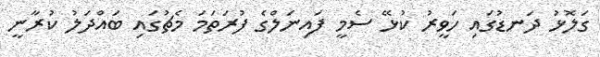
ގަލޮޅު ދަނޑުގައި ހަވީރު ކުޅޭ ސެމީ ފައިނަލްގެ ފުރަތަމަ މެޗުގައި ބައްދަލު ކުރާނީ